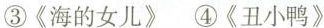
③《海的女儿》 ④《丑小鸭》